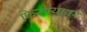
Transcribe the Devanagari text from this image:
फिरण्यावर